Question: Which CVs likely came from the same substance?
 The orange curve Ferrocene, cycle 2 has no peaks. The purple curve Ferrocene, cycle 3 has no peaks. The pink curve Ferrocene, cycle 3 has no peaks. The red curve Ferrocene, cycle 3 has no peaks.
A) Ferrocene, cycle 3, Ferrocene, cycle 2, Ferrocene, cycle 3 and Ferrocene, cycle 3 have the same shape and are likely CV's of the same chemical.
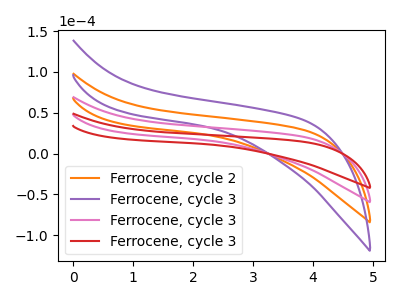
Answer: <think>Neither "Ferrocene, cycle 2" or "Ferrocene, cycle 3" have any peaks. Neither "Ferrocene, cycle 2" or "Ferrocene, cycle 3" have any peaks. Neither "Ferrocene, cycle 2" or "Ferrocene, cycle 3" have any peaks. Neither "Ferrocene, cycle 3" or "Ferrocene, cycle 3" have any peaks. Neither "Ferrocene, cycle 3" or "Ferrocene, cycle 3" have any peaks. Neither "Ferrocene, cycle 3" or "Ferrocene, cycle 3" have any peaks.
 </think>
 <answer>A) "Ferrocene, cycle 3", "Ferrocene, cycle 2", "Ferrocene, cycle 3" and "Ferrocene, cycle 3" have the same shape and are likely CV's of the same chemical.</answer>
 <eval>A</eval>